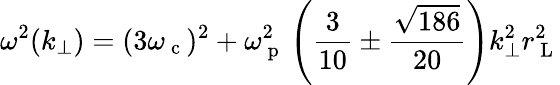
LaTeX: \omega^{2}(k_{\perp})=(3\omega_{\mathrm{~c~}})^{2}+\omega_{\mathrm{~p~}}^{2}\left(\frac{3}{10}\pm\frac{\sqrt{186}}{20}\right)k_{\perp}^{2}r_{\mathrm{~L~}}^{2}